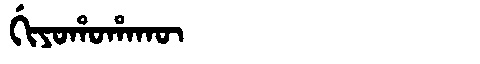
Manchu: ᡤᡳᠶᠣᡥᠣᡥᠠᡴᡡ
Romanization: GIYOHOHAKŪ